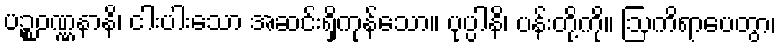
ပဉ္စဝဏ္ဏနာနိ၊ ငါးပါးသော အဆင်းရှိကုန်သော။ ပုပ္ပါနိ၊ ပန်းတို့ကို။ ဩကိရာပေတွာ၊